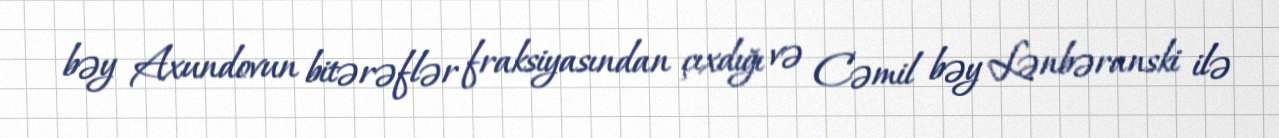
bəy Axundovun bitərəflər fraksiyasından çıxdığı və Cəmil bəy Lənbəranski ilə